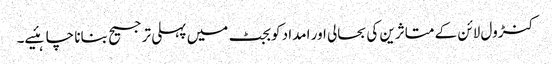
کنڑول لائن کے متاثرین کی بحالی اور امداد کو بجٹ میں پہلی ترجیح بنانا چاہئیے۔